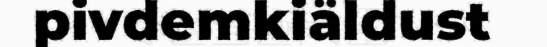
pivdemkiäldust